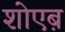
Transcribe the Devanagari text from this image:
शोएब़